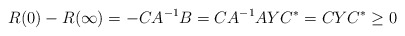
\begin{align*} R(0) - R(\infty) = -CA^{-1}B = CA^{-1}AYC^* = CYC^* \geq 0 \end{align*}